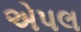
એપલ